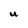
Character: U